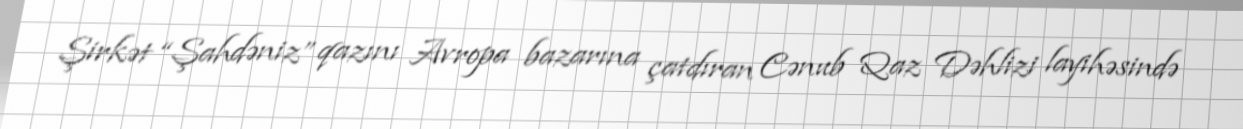
Şirkət “Şahdəniz” qazını Avropa bazarına çatdıran Cənub Qaz Dəhlizi layihəsində